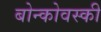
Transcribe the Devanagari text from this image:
बोन्कोवस्की